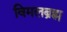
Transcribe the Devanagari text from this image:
विमलब्रह्म